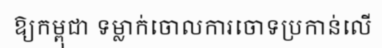
ឱ្យកម្ពុជា ទម្លាក់ចោលការចោទប្រកាន់លើ